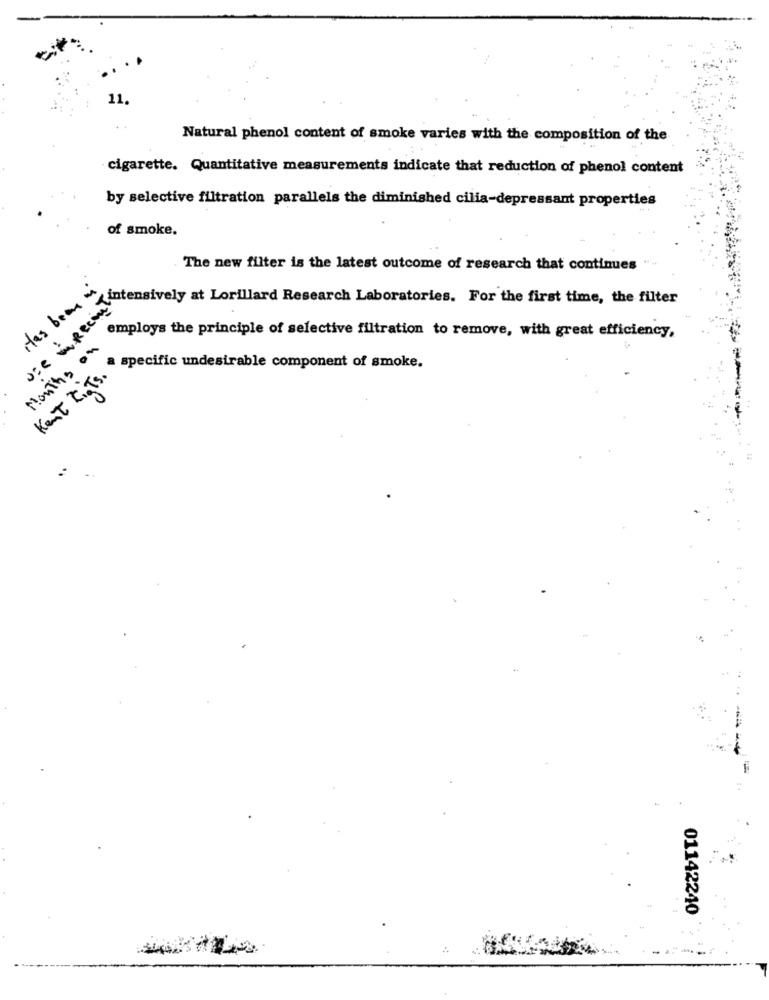
11.
Natural phenol content of smoke varies with the composition of the
cigarette. Quantitative measurements indicate that reduction of phenol content
by selective filtration parallels the diminished cilia-depressant properties
of smoke.
The new filter is the latest outcome of research that continues
Has been m
sie inReco
intensively at Lorillard Research Laboratories. For the first time, the filter
employs the principle of selective filtration to remove, with great efficiency,
Months on
Kent LigTs.
specific undesirable component of smoke.
01142240